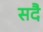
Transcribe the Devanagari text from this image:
सदै